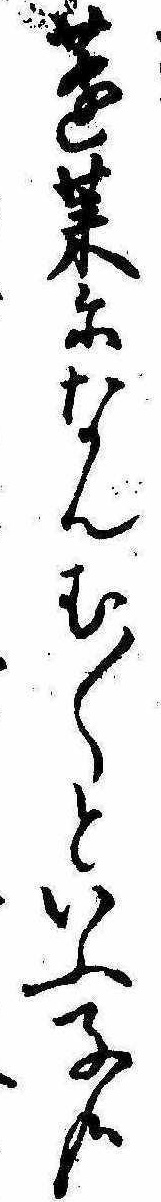
蓬莱になんむ〱といふ子哉